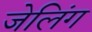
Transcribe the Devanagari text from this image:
जेलिंग